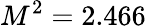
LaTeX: M^{2}=2.466